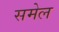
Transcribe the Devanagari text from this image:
समेल